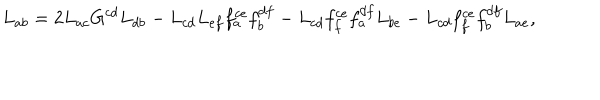
LaTeX: L _ { a b } = 2 L _ { a c } G ^ { c d } L _ { d b } - L _ { c d } L _ { e f } f _ { a } ^ { c e } f _ { b } ^ { d f } - L _ { c d } f _ { f } ^ { c e } f _ { a } ^ { d f } L _ { b e } - L _ { c d } f _ { f } ^ { c e } f _ { b } ^ { d f } L _ { a e } ,